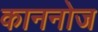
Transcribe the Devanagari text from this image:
काननोज